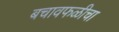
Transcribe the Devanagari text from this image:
बचावफळीचा